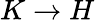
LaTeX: K\rightarrow H